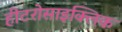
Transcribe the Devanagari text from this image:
हीटरोसाइक्लिक